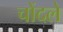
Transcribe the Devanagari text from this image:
चोंदले